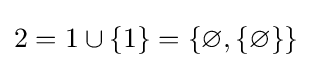
2=1\cup \{1\}=\{\varnothing ,\{\varnothing \}\}